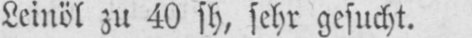
Leinöl zu 40 sh, sehr gesucht.